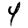
Digit: 4